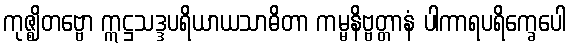
ကုဇ္ဈိတဗ္ဗော ဣဋ္ဌသဒ္ဒပရိယာယသာဓိတာ ကမ္မနိဗ္ဗတ္တာနံ ပါကာရပရိက္ခေပေါ